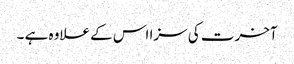
آخرت کی سزا اس کے علاوہ ہے ۔